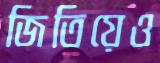
জিতিয়েও